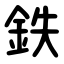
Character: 鉄